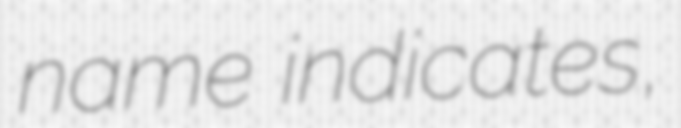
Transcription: name indicates,